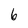
Character: 6